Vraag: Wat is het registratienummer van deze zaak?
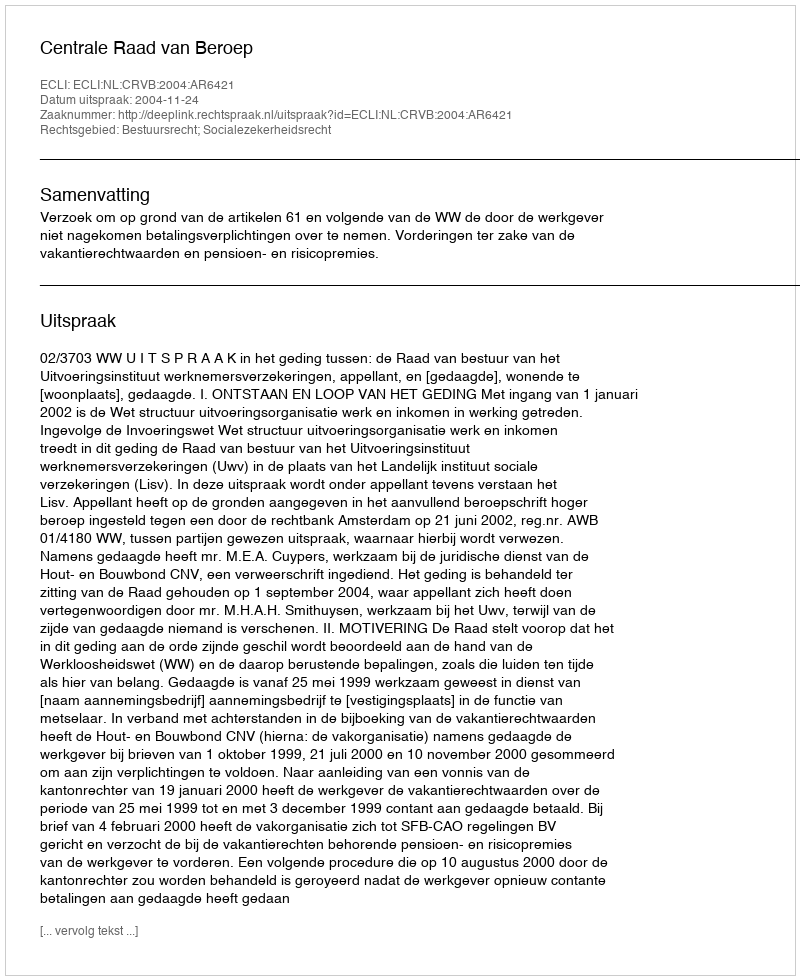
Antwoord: http://deeplink.rechtspraak.nl/uitspraak?id=ECLI:NL:CRVB:2004:AR6421